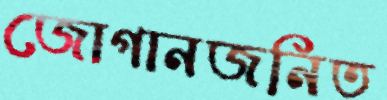
জোগানজনিত